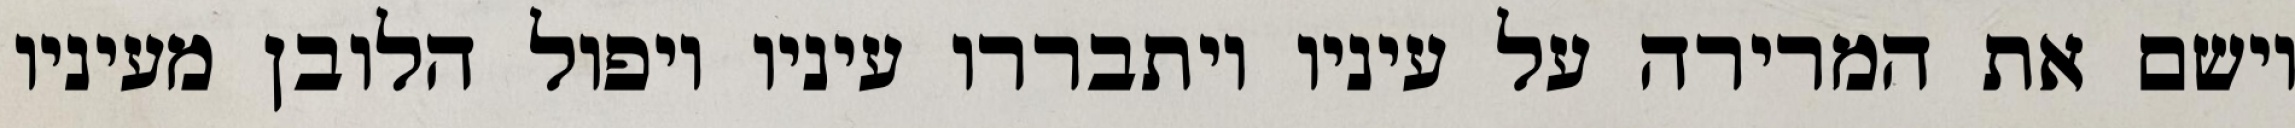
וישם את המרירה על עיניו ויתבררו עיניו ויפול הלובן מעיניו